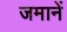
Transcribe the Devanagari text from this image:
जमानें